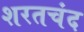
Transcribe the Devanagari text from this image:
शरतचंद